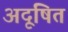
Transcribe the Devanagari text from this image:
अदूषित